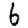
Digit: 6